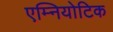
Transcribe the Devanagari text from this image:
एम्नियोटिक